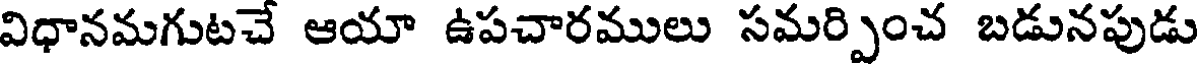
విధానమగుటచే ఆయా ఉపచారములు సమర్పించ బడునపుడు